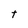
Character: t